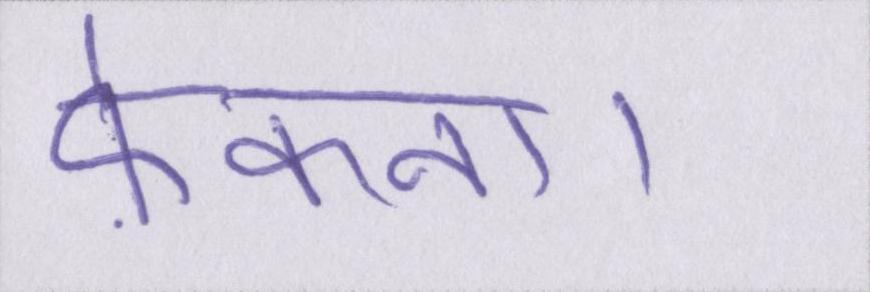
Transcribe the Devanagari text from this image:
फ़ेंकना।